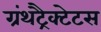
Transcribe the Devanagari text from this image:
ग्रंथट्रैक्टेटस